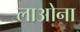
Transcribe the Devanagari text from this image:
लाओना